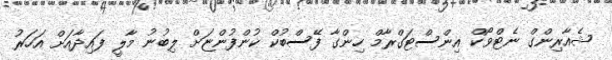
ޝެއާރިންގް ނެޓްވޯކް އިންސްޓަގްރާމް ހިންގާ ފޭސްބުކް ކުންފުންޏަށް ލިބުނު މާލީ ފައިދާއަށް އަހަރު